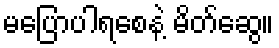
မပြောပါရစေနဲ့ မိတ်ဆွေ။